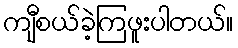
ကျီစယ်ခဲ့ကြဖူးပါတယ်။